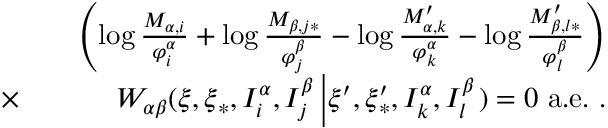
\begin{array} { r l r } & { } & { \left( \log \frac { M _ { \alpha , i } } { \varphi _ { i } ^ { \alpha } } + \log \frac { M _ { \beta , j \ast } } { \varphi _ { j } ^ { \beta } } - \log \frac { M _ { \alpha , k } ^ { \prime } } { \varphi _ { k } ^ { \alpha } } - \log \frac { M _ { \beta , l \ast } ^ { \prime } } { \varphi _ { l } ^ { \beta } } \right) } \\ { \times } & { } & { W _ { \alpha \beta } ( \boldsymbol { \xi } , \boldsymbol { \xi } _ { \ast } , I _ { i } ^ { \alpha } , I _ { j } ^ { \beta } \left\vert \boldsymbol { \xi } ^ { \prime } , \boldsymbol { \xi } _ { \ast } ^ { \prime } , I _ { k } ^ { \alpha } , I _ { l } ^ { \beta } \right. ) = 0 \mathrm { ~ a . e . ~ . } } \end{array}